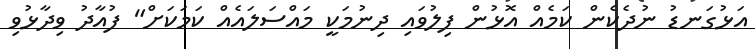
އަޅުގަނޑު ނުދެކެން ކަމެއް އޮޅުން ފިލުވައި ދިނުމަކީ މައްސަލައެއް ކަމަކަށް" ފުއާދު ވިދާޅުވި